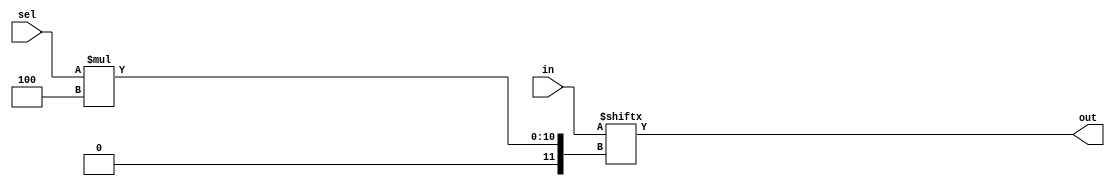
module top_module( 
    input [1023:0] in,
    input [7:0] sel,
    output [3:0] out );

    assign out = in[sel*4+3:sel*4];

endmodule